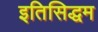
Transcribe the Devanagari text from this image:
इतिसिद्धम